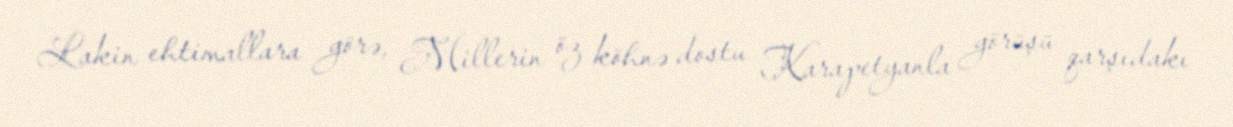
Lakin ehtimallara görə, Millerin öz köhnə dostu Karapetyanla görüşü qarşıdakı